Physiological action of certain drugs in tablet form - Number 52A
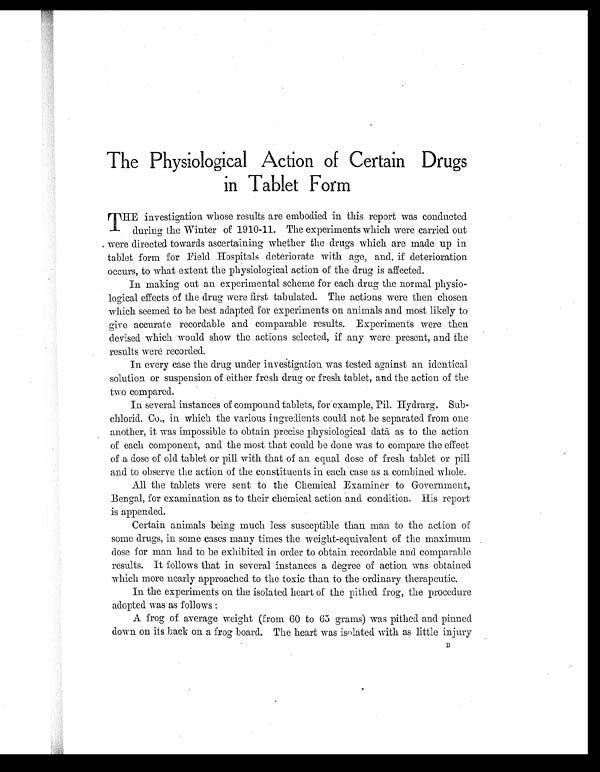
ThePhysiological Action of Certain Drugs
in Tablet Form
T HE investigation whose results are embodied in this report was conducted
during the Winter of 1910-11. The experiments which were carried out
were directed towards ascertaining whether the drugs which are made up in
tablet form for Field Hospitals deteriorate with age, and, if deterioration
occurs, to what extent the physiological action of the drug is affected.
In making out an experimental scheme for each drug the normal physio-
logical effects of the drug were first tabulated. The actions were then chosen
which seemed to be best adapted for experiments on animals and most likely to
give accurate recordable and comparable results. Experiments were then
devised which would show the actions selected, if any were present, and the
results were recorded.
In every case the drug under investigation was tested against an identical
solution or suspension of either fresh drug or fresh tablet, and the action of the
two compared.
In several instances of compound tablets, for example, Pil. Hydrarg, Sub-
chlorid. Co., in which the various ingredients could not be separated from one
another, it was impossible to obtain precise physiological dat ā as to the action
of each component, and the most that could be done was to compare the effect
of a dose of old tablet or pill with that of an equal dose of fresh tablet or pill
and to observe the action of the constituents in each case as a combined whole.
All the tablets were sent to the Chemical Examiner to Government,
Bengal, for examination as to their chemical action and condition. His report
is appended.
Certain animals being much less susceptible than man to the action of
some drugs, in some cases many times the weight-equivalent of the maximum
dose for man had to be exhibited in order to obtain recordable and comparable
results. It follows that in several instances a degree of action was obtained
which more nearly approached to the toxic than to the ordinary therapeutic.
In the experiments on the isolated heart of the pithed frog, the procedure
adopted was as follows:
A frog of average weight (from 60 to 65 grams) was pithed and pinned
down on its back on a frog board. The heart was isolated with as little injury B